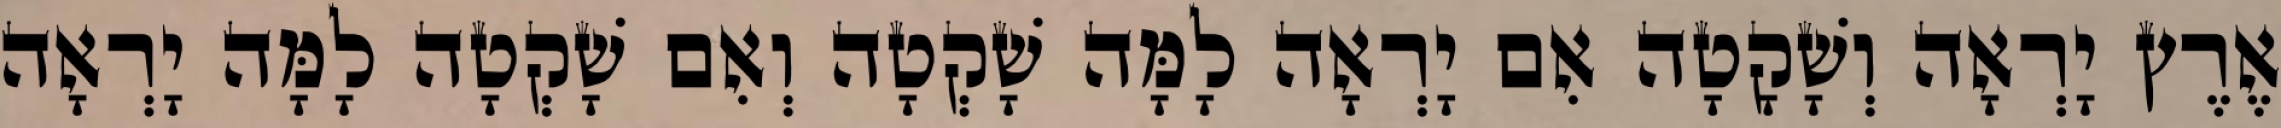
אֶרֶץ יָרְאָה וְשָׁקָטָה אִם יָרְאָה לָמָּה שָׁקְטָה וְאִם שָׁקְטָה לָמָּה יָרְאָה